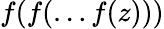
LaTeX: f(f(\dots f(z)))